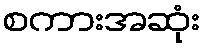
စကားအဆုံး